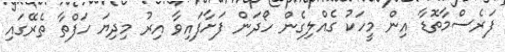
ފަރެސްމާތޮޑާ އިން މީހަކު ގެއްލިގެން ހޯދަން ފަށާފައިވާ އިރު މިިދިޔަ ހަފްތާ ތެރޭގައި